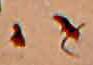
ハ